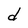
Character: d